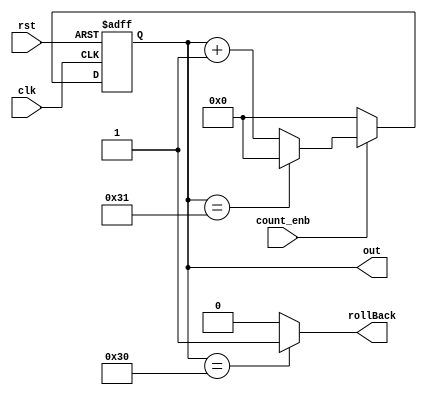
module counter
#(parameter LENGTH = 50)
(
input clk,
input rst,
input count_enb,
output reg [LENGTH-1:0]out,
output wire rollBack
);

assign rollBack = (out == LENGTH - 2) ? 1'b1 : 1'b0; //for sync the start counting and states.

always@(posedge clk, posedge rst)
begin:counter
	if(rst == 1'b1)
		out <= 0;
	
	else if (count_enb == 1'b1)
	begin
		if(out == LENGTH - 1) //rollBack
		begin
			out <= 0;
		end
		else
			out <= out + 1;
	end
	
	else
		out <= 0; //default in order to synthesize tool don't make a latch.
end

endmodule